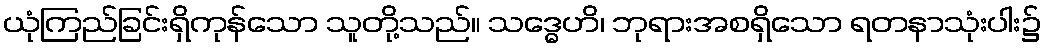
ယုံကြည်ခြင်းရှိကုန်သော သူတို့သည်။ သဒ္ဓေဟိ၊ ဘုရားအစရှိသော ရတနာသုံးပါး၌